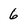
Character: 6